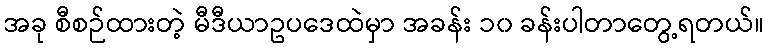
အခု စီစဉ်ထားတဲ့ မီဒီယာဥပဒေထဲမှာ အခန်း ၁၀ ခန်းပါတာတွေ့ရတယ်။